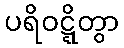
ပရိဝဋ္ဋိတွာ